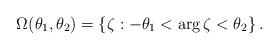
LaTeX: \begin{align*}\Omega(\theta_1,\theta_2) = \left\{\zeta: -\theta_1< \arg \zeta <\theta_2 \right\}.\end{align*}